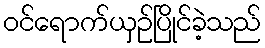
ဝင်ရောက်ယှဉ်ပြိုင်ခဲ့သည်